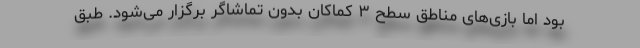
بود اما بازی‌های مناطق سطح ۳ کماکان بدون تماشاگر برگزار می‌شود. طبق